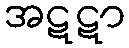
အဋဋာ